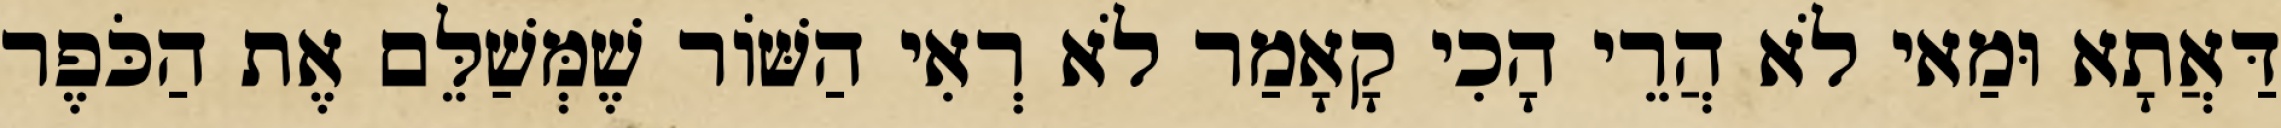
דַּאֲתָא וּמַאי לֹא הֲרֵי הָכִי קָאָמַר לֹא רְאִי הַשּׁוֹר שֶׁמְּשַׁלֵּם אֶת הַכֹּפֶר